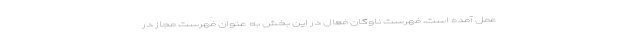
عمل آمده است، فهرست ناوگان فعال در این بخش به عنوان فهرست مجاز در